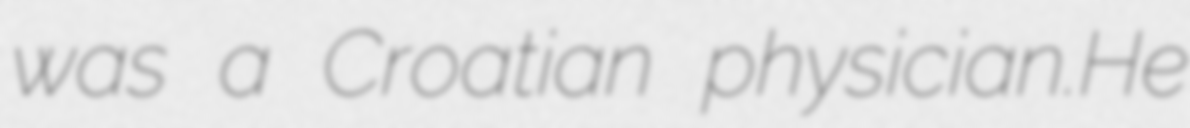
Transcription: was a Croatian physician.He